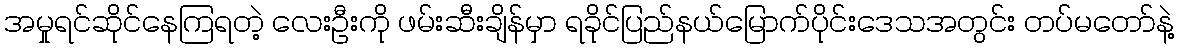
အမှုရင်ဆိုင်နေကြရတဲ့ လေးဦးကို ဖမ်းဆီးချိန်မှာ ရခိုင်ပြည်နယ်မြောက်ပိုင်းဒေသအတွင်း တပ်မတော်နဲ့